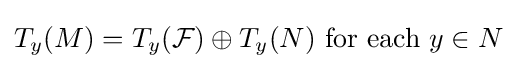
T_{y}(M)=T_{y}({\mathcal {F}})\oplus T_{y}(N){\text{ for each }}y\in N